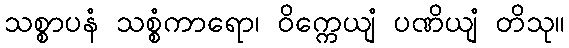
သစ္စာပနံ သစ္စံကာရော၊ ဝိက္ကေယျံ ပဏိယျံ တိသု။